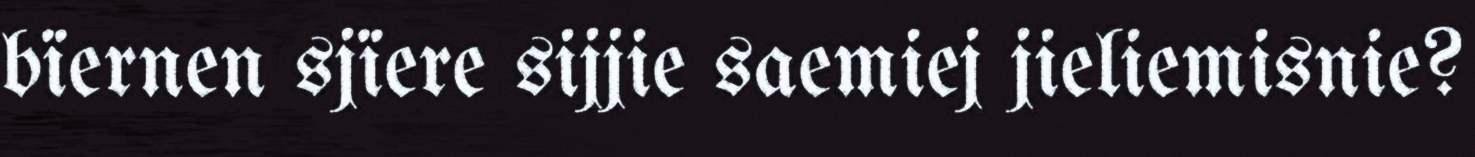
bïernen sjïere sijjie saemiej jieliemisnie?